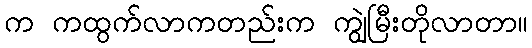
က ကထွက်လာကတည်းက ကျွဲမြီးတိုလာတာ။